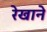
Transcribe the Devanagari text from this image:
रेखाने